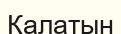
Қалатын